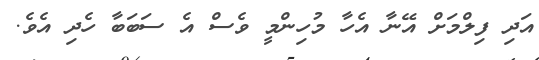
އަދި ފިލްމަށް އޭނާ އެހާ މުހިންމީ ވެސް އެ ސަބަބާ ހެދި އެވެ.